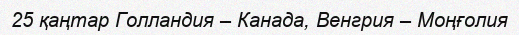
25 қаңтар Голландия – Канада, Венгрия – Моңғолия